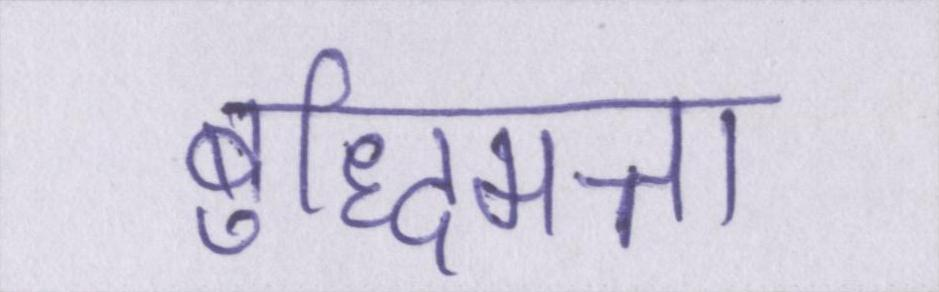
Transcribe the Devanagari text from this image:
बुद्धिमत्ता